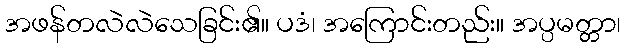
အဖန်တလဲလဲသေခြင်း၏။ ပဒံ၊ အကြောင်းတည်း။ အပ္ပမတ္တာ၊